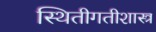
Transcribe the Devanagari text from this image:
स्थितीगतीशास्त्र